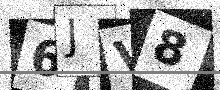
Text: 6JV8